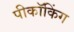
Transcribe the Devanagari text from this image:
पीकॉकिंग